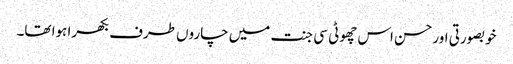
خوبصورتی اورحسن اس چھوٹی سی جنت میں چاروں طرف بکھرا ہوا تھا۔